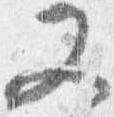
又